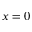
x = 0